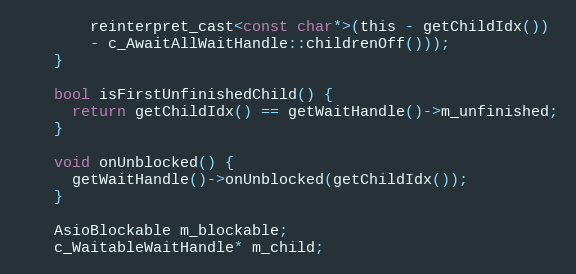
Language: C
        reinterpret_cast<const char*>(this - getChildIdx())
        - c_AwaitAllWaitHandle::childrenOff()));
    }

    bool isFirstUnfinishedChild() {
      return getChildIdx() == getWaitHandle()->m_unfinished;
    }

    void onUnblocked() {
      getWaitHandle()->onUnblocked(getChildIdx());
    }

    AsioBlockable m_blockable;
    c_WaitableWaitHandle* m_child;